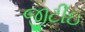
જીટીઇ